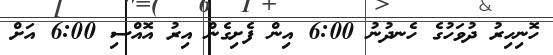
ހޮނިހިރު ދުވަހުގެ ހެނދުނު 6:00 އިން ފެށިގެން އިރު އޮއްސި 6:00 އަށް